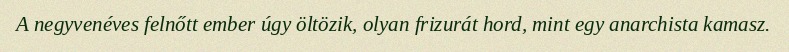
A negyvenéves felnőtt ember úgy öltözik, olyan frizurát hord, mint egy anarchista kamasz.